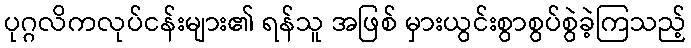
ပုဂ္ဂလိကလုပ်ငန်းများ၏ ရန်သူ အဖြစ် မှားယွင်းစွာစွပ်စွဲခဲ့ကြသည့်